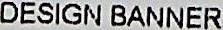
DESIGN BANNER